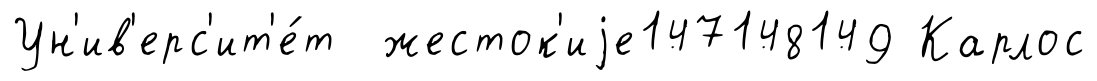
Ун'ив'ерс'ит'е́т жесток'иjе147148149 Карлос